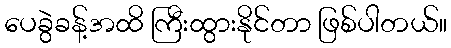
ပေခွဲခန့်အထိ ကြီးထွားနိုင်တာ ဖြစ်ပါတယ်။